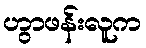
ဟွာဖန်းလူက